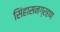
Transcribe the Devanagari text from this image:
सिंहासनग्रहण